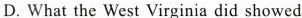
D. What the West Virginia did showed